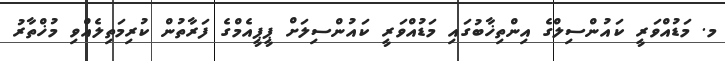
މ. މަޑުއްވަރީ ކައުންސިލްގެ އިންތިޚާބުގައި މަޑުއްވަރީ ކައުންސިލަށް ޕީޕީއެމްގެ ފަރާތުން ކުރިމަތިލެއްވި މުޚްތާރު